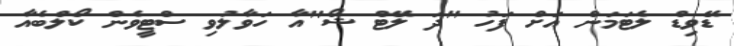
ޑޭވިޑް ލެޓަމަން އަށް ފަހު "ދަ ލޭޓް ޝޯ"އާ ހަވާލުވި ސްޓީވެން ކޯލްބެއާ